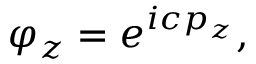
\varphi _ { z } = e ^ { i c p _ { z } } ,